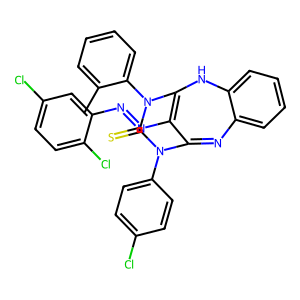
SMILES: Cc1ccccc1N1C(=S)N(c2ccc(Cl)cc2)C2=Nc3ccccc3NC1=C2N=Nc1cc(Cl)ccc1Cl
Inhibits HIV replication: No